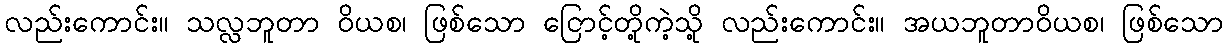
လည်းကောင်း။ သလ္လဘူတာ ဝိယစ၊ ဖြစ်သော ငြောင့်တို့ကဲ့သို့ လည်းကောင်း။ အယဘူတာဝိယစ၊ ဖြစ်သော